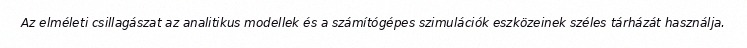
Az elméleti csillagászat az analitikus modellek és a számítógépes szimulációk eszközeinek széles tárházát használja.